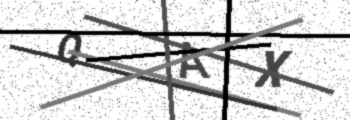
Text: QAX